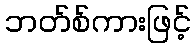
ဘတ်စ်ကားဖြင့်